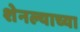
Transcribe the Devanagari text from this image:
शेनल्याच्या